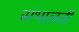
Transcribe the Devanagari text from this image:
संभालतीं